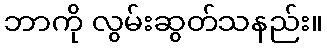
ဘာကို လွမ်းဆွတ်သနည်း။